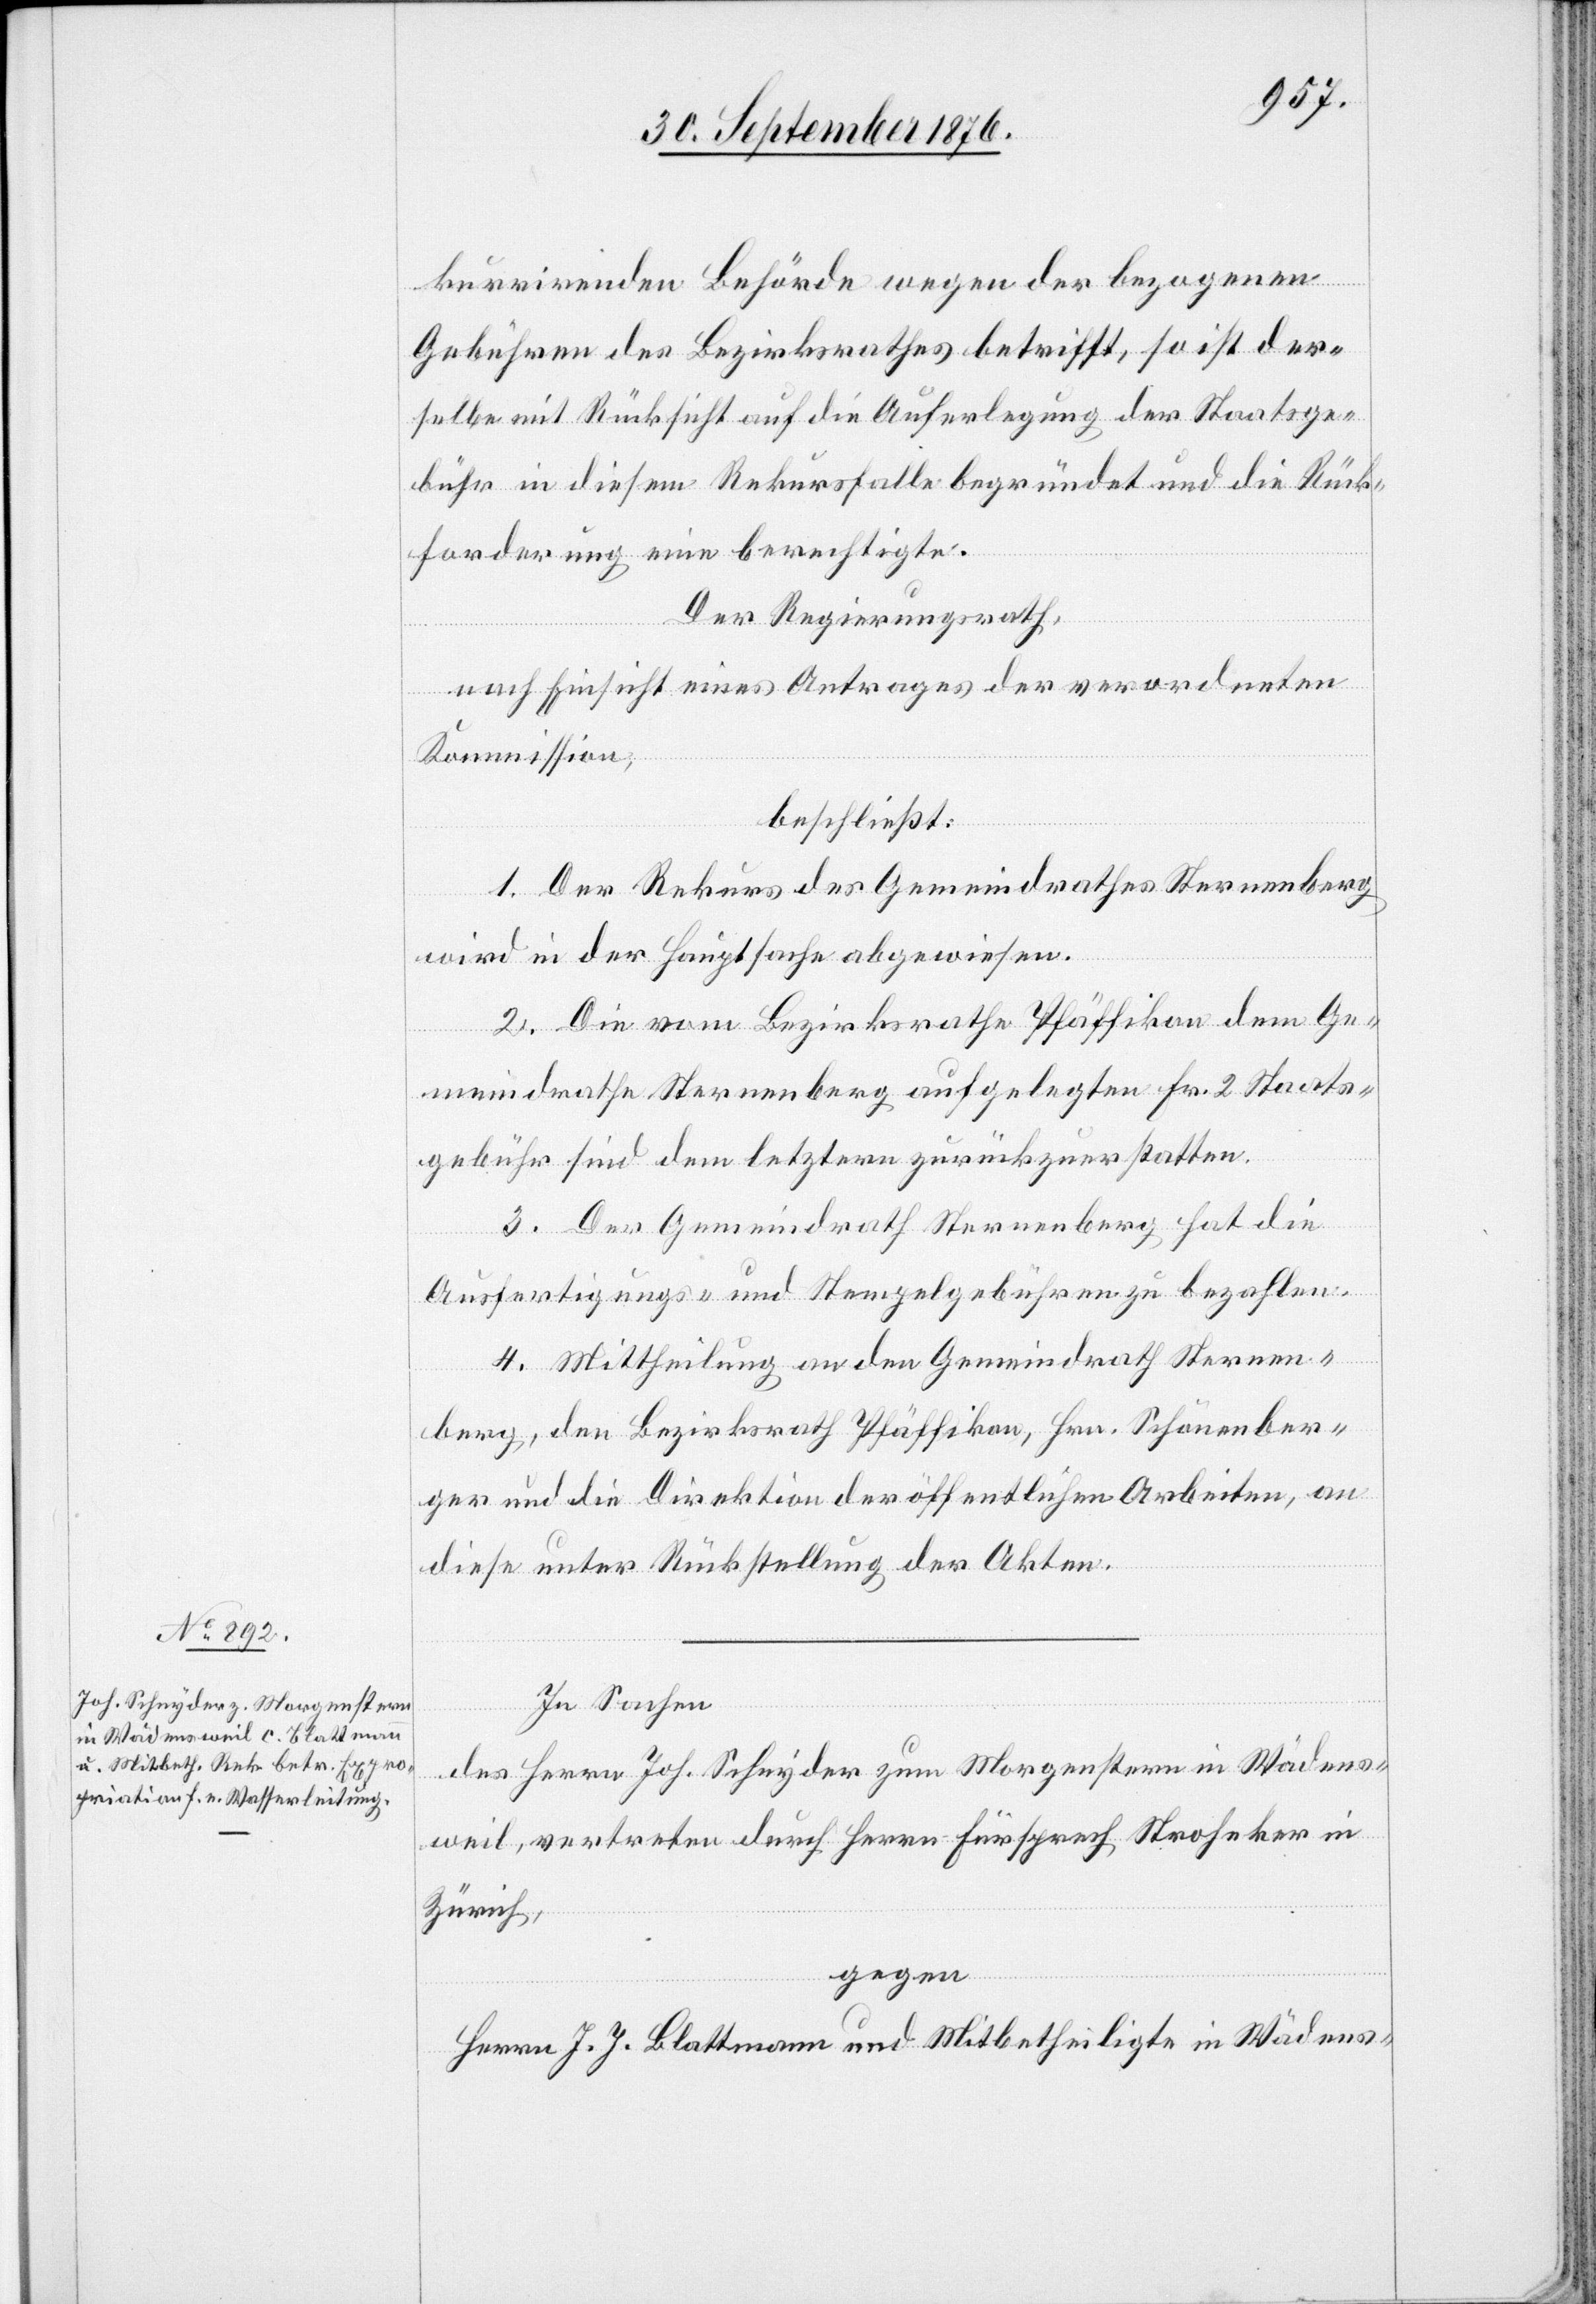
kurrirenden Behörde wegen der bezogenen
Gebühren des Bezirksrathes betrifft, so ist der¬
selbe mit Rücksicht auf die Auferlegung der Staatsge¬
bühr in diesem Rekursfalle begründet und die Rück¬
forderung eine berechtigte.
Der Regierungsrath,
nach Einsicht eines Antrages der verordneten
Kommission,
beschließt:
1. Der Rekurs des Gemeindrathes Sternenberg
wird in der Hauptsache abgewiesen.
2. Die vom Bezirksrathe Pfäffikon dem Ge¬
meindrathe Sternenberg aufgelegten Fr. 2 Staats¬
gebühr sind dem letztern zurückzuerstatten.
3. Der Gemeindrath Sternenberg hat die
Ausfertigungs- und Stempelgebühren zu bezahlen.
4. Mittheilung an den Gemeindrath Sternen¬
berg, den Bezirksrath Pfäffikon, Hrn. Schönenber¬
ger und die Direktion der öffentlichen Arbeiten, an
diese unter Rückstellung der Akten.